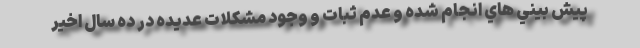
پيش بيني هاي انجام شده و عدم ثبات و وجود مشكلات عديده در ده سال اخير